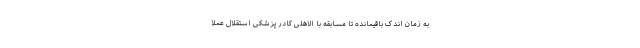
به زمان اندک باقیمانده تا مسابقه با الاهلی کادر پزشکی استقلال عملا